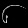
Digit: ၆